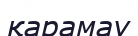
қарамау